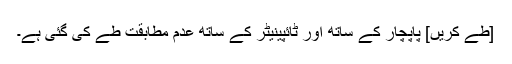
[طے کریں] پاپچار کے ساتھ اور ٹائپینیٹر کے ساتھ عدم مطابقت طے کی گئی ہے۔